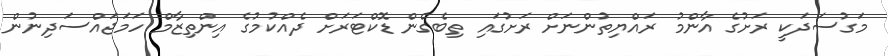
މަގުސަދަކީ ރަށުގެ އާންމު ރައްޔިތުންނަށް ރަށުގައި ތިބެގެން ޑޮކްޓަރަށް ދެެއްކުމުގެ އިންތިޒާމް ހަމަޖައްސަދިނުން